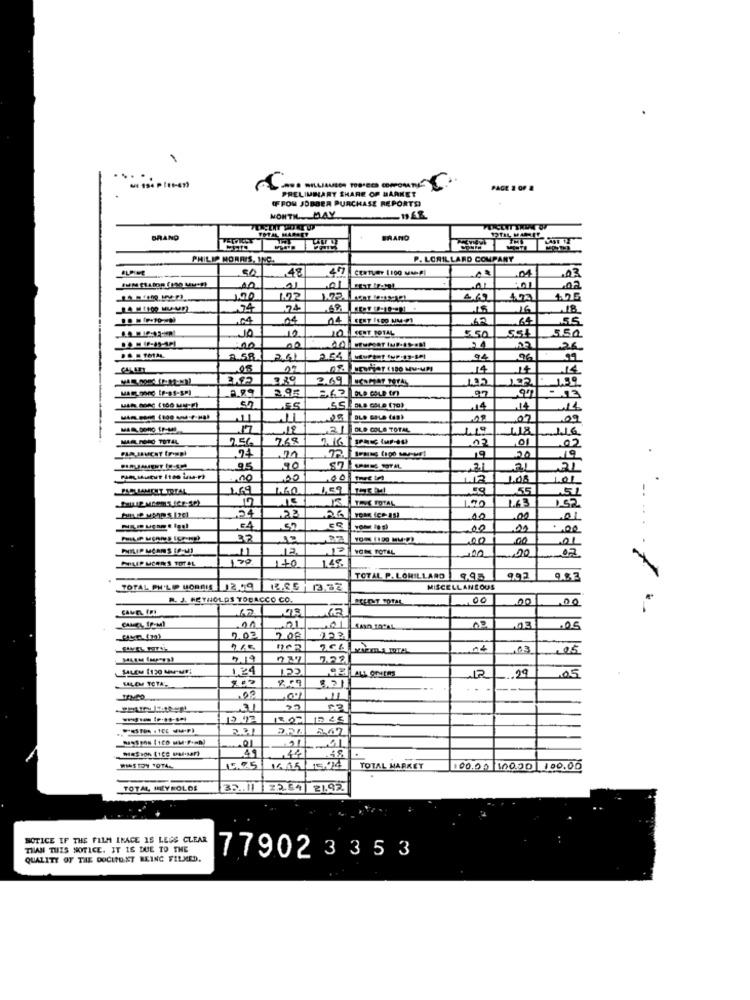
...
MI Ssa planen
PRELIMSLARY SHARE OF MARKET
PAGE
(FROM JOBBER PURCHASE REPORTS
MONTHMAY
BRANO
BRAND
-
PHILIP MORRIS, INC.
P. LORILLARD COMPANY
48
CERTVar 1100 MM-P
.04
03
-01
.02
100
102
100
4.69
405
24
74
15
16
,04
04
64
55
10
10
5.50
350
00
21
24
2.58
94
96
14
14
14
2.95
97
14
14
02
07
09
MAS. Dono fr-140
2 DL.D COLA TOTAL
418
116
MAALASEO TOTAL
9.56
768
2. 16 ] sFac tur-ot)
02
01
02
24
20
95
90
21
,00
1.12
1.08
101
1.69
55
100
1.63
152
24
23
26
00
.00
01
.CA
00
.. 00
32
00
.00
PHILIP MCARS IP-MI
12.
12
20
01
PHILIP USERS TOTAL
170
1+0
49.
07
TOTAL P. LOMILLARD 9.95
992
9.8.2
TOTAL PH'L P UCROIS 12 19 12.85
MISCELLANEOUS
R. J. REYNOLDS TOBACCO CO.
POLENT TOTAL
.00
00
00
5.02
2.08
265
.03
05
7.19
1.24
122
.29
,05
SALEM TOTAL-
12
,03
53
2.67
01
49
,44
42
WINSTON TOTAL
TOTAL MARKET
100.00 100.00 100.00
TOTAL ILYROLOS
32 .. 11 22.54
21.92.
NOTICE IF THE FILM IKACE IS LESS CLEAR
THAN THIS NOTICE. IT IS DUE TO THE
QUALITY OF THE DOCIFONT BEING FILMED.
77902 335 3